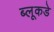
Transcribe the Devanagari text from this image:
ब्लूकडे